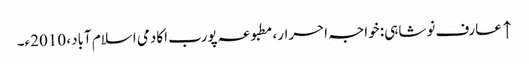
↑ عارف نوشاہی: خواجہ احرار، مطبوعہ پورب اکادمی اسلام آباد، 2010ء۔